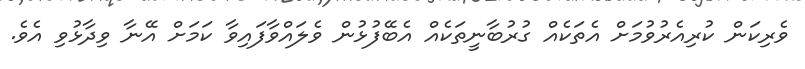
ވެރިކަން ކުރިއެރުވުމަށް އެތަކެއް ގުރުބާނީތަކެއް އެބޭފުޅުން ވެލައްވާފައިވާ ކަމަށް އޭނާ ވިދާޅުވި އެވެ.